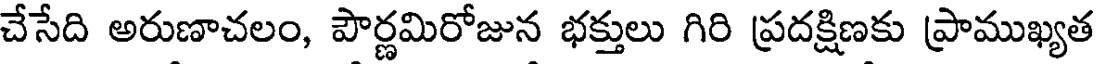
చేసేది అరుణాచలం, పౌర్ణమిరోజున భక్తులు గిరి ప్రదక్షిణకు ప్రాముఖ్యత